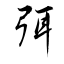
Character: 弭